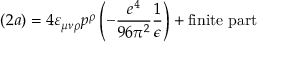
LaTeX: ( 2 a ) = 4 \varepsilon _ { \mu \nu \rho } p ^ { \rho } \left( - \frac { e ^ { 4 } } { 9 6 \pi ^ { 2 } } \frac { 1 } { \epsilon } \right) + \mathrm { f i n i t e ~ p a r t }